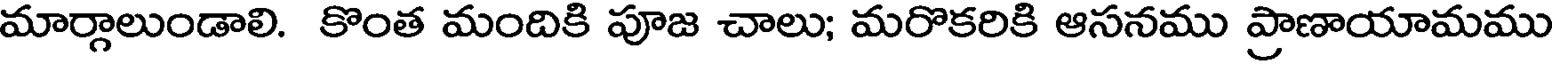
మార్గాలుండాలి. కొంత మందికి పూజ చాలు; మరొకరికి ఆసనము ప్రాణాయామము